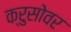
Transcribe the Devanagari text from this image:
क्रुसोवर